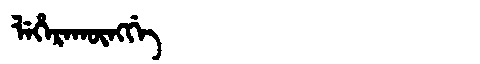
Manchu: ᠯᡝᡥᡝᡵᠠᡴᡡᠩᡤᡝ
Romanization: LEHERAKŪNGGE